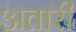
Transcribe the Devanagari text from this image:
अतारी